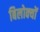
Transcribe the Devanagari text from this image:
बिलोक्‍यों